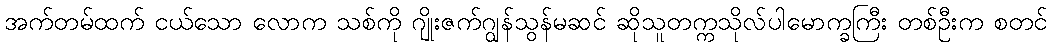
အက်တမ်ထက် ငယ်သော လောက သစ်ကို ဂျိုးဇက်ဂျွန်သွန်မဆင် ဆိုသူတက္ကသိုလ်ပါမောက္ခကြီး တစ်ဦးက စတင်